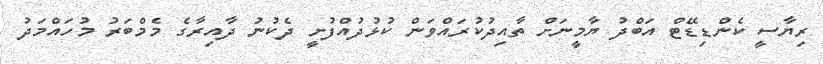
ރިޔާސީ ކެންޑިޑޭޓް އަބްދު ޔާމީނަށް ތާއިދުކުރައްވަން ކުޅުދުއްފުށީ ދެކުނު ދާއިރާގެ މެމްބަރު މުހައްމަދު